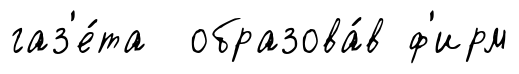
газ'е́та образова́в ф'ирм